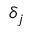
\delta _ { j }